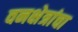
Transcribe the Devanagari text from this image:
वनक्षेत्रांचा